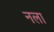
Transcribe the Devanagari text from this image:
नला